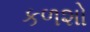
કળશો